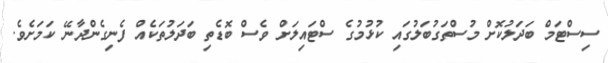
ސިސްޓަމް ބަދަލުކޮށް މުސްތަގުބަލުގައި ކުޅުމުގެ ސްޓައިލަށް ވެސް ބޮޑެތި ބަދަލުތަކެއް ފެނިގެންދާނޭ ކަމަށެވެ.